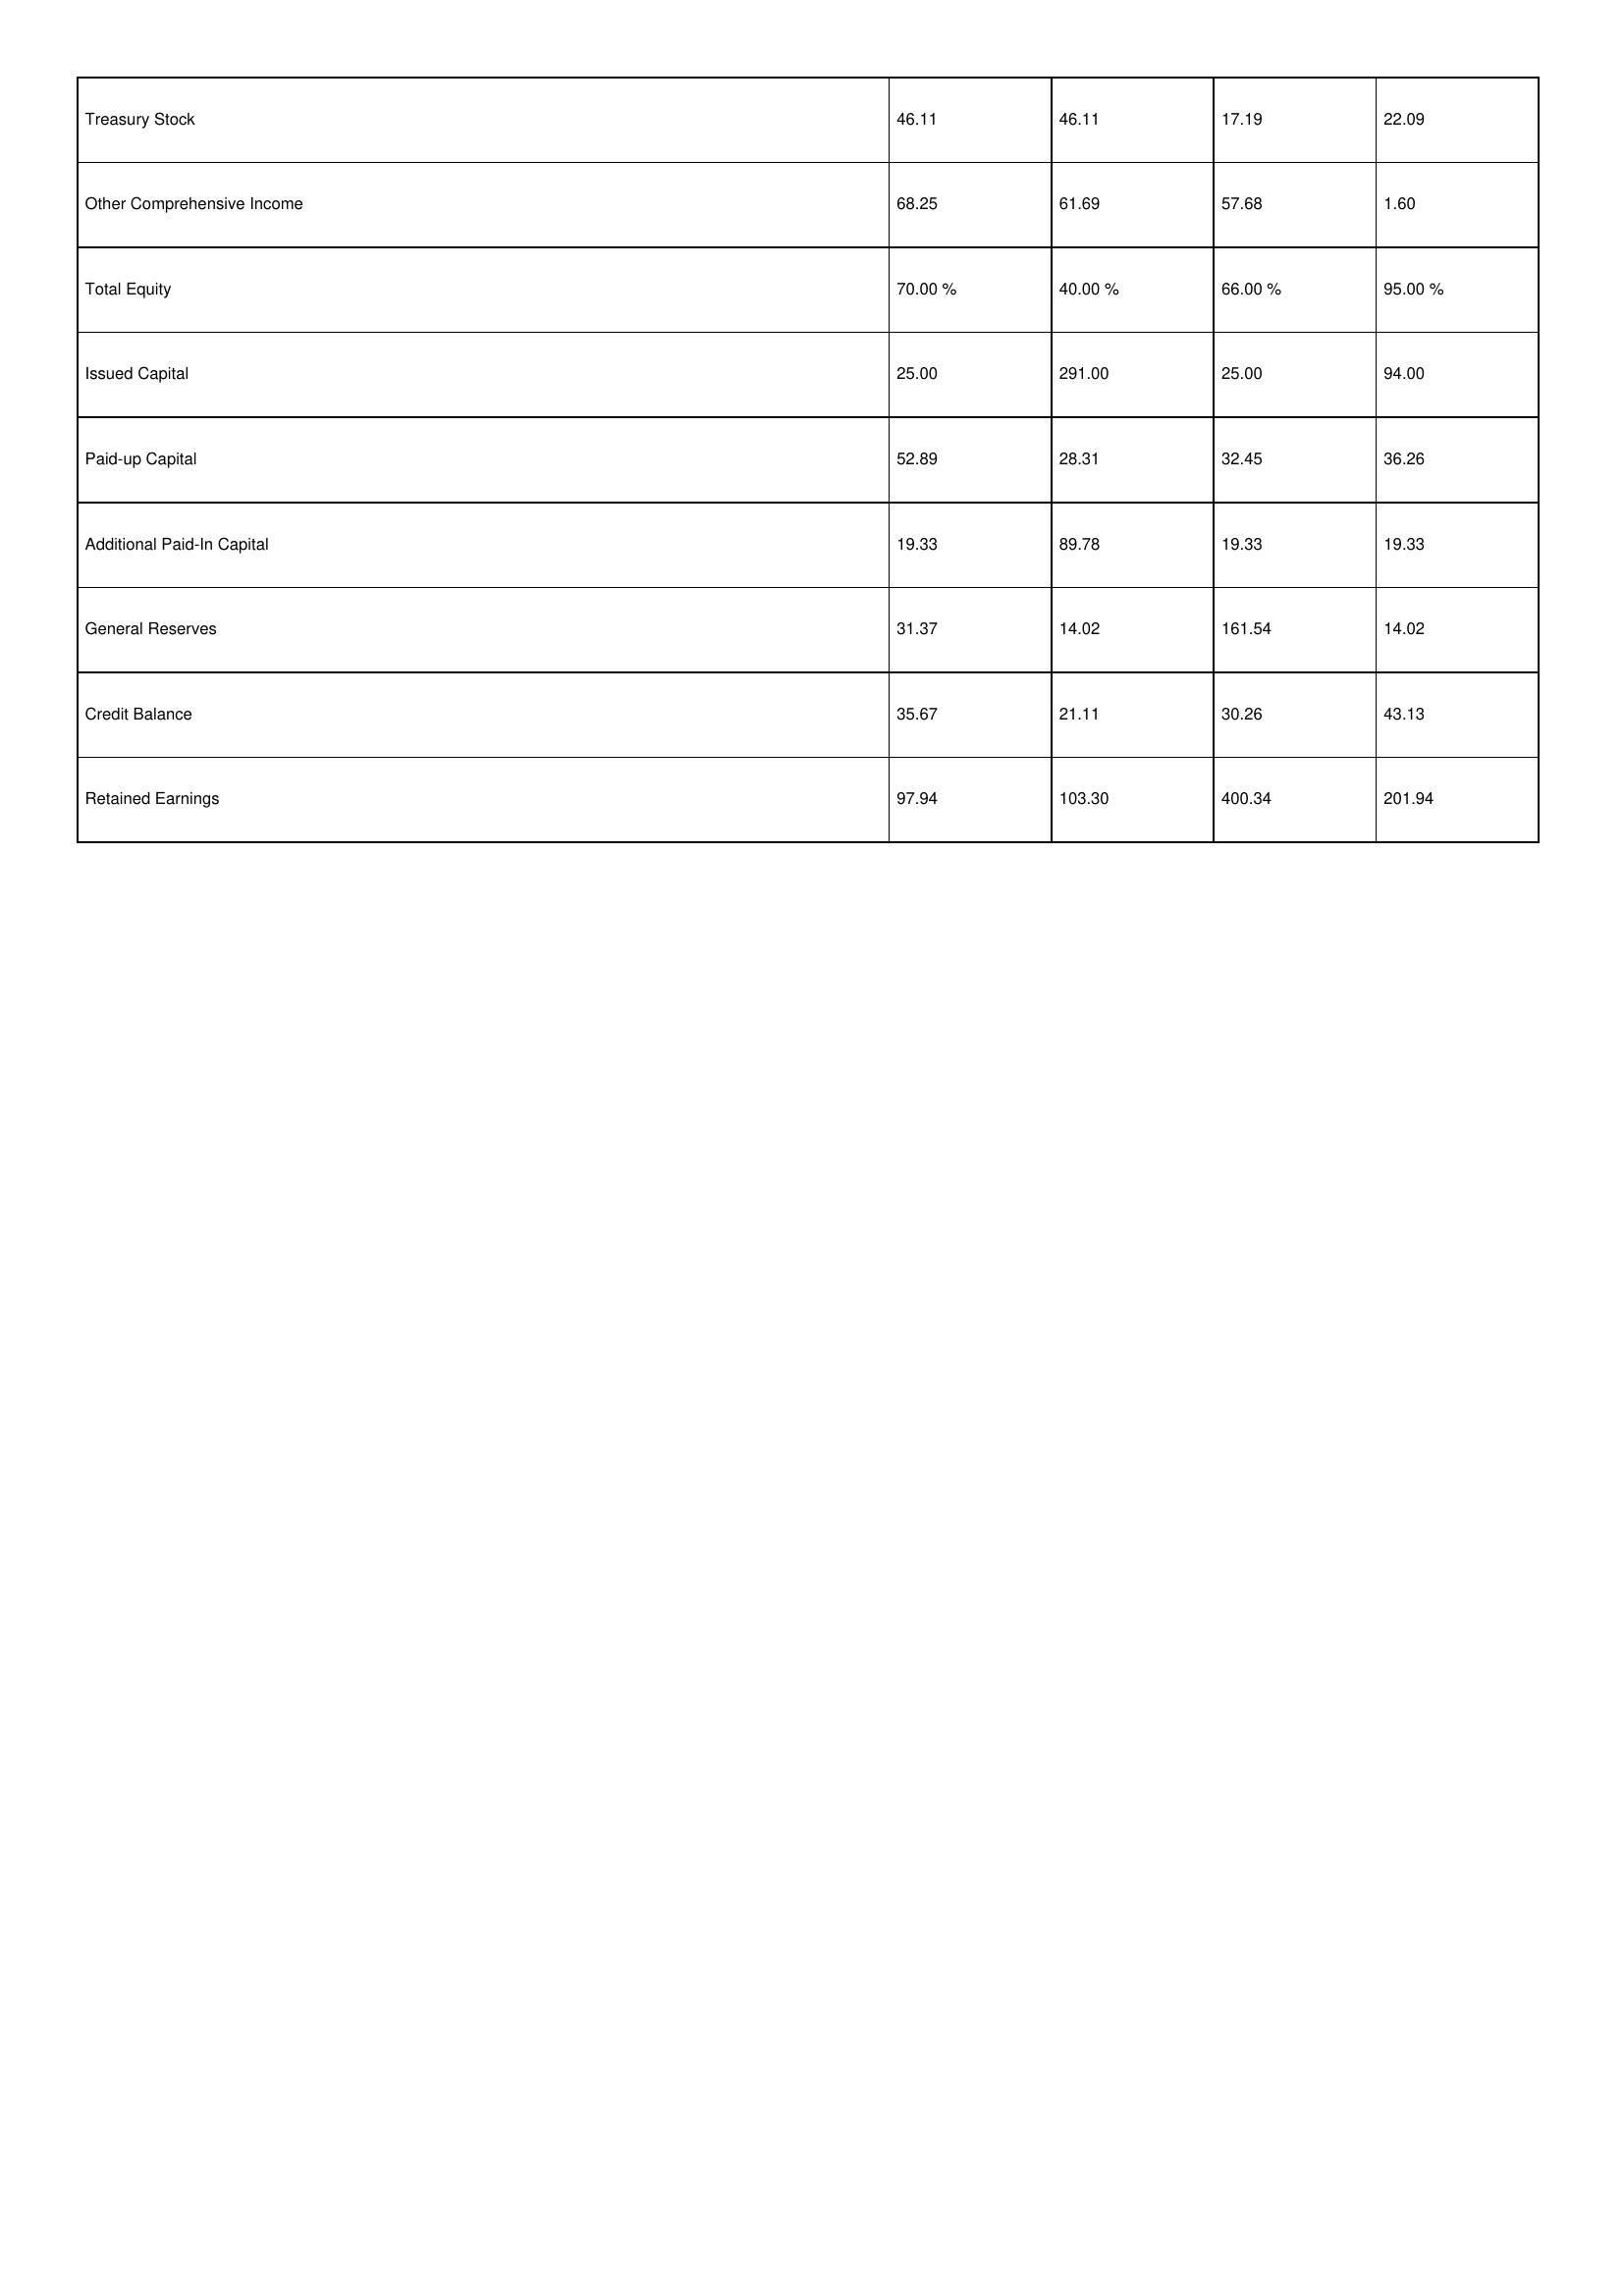
gt_parse: 2016: Treasury Stock: 46.11
Other Comprehensive Income: 68.25
Total Equity: 70.00 %
Issued Capital: 25.00
Paid-up Capital: 52.89
Additional Paid-In Capital: 19.33
General Reserves: 31.37
Credit Balance: 35.67
Retained Earnings: 97.94
2015: Treasury Stock: 46.11
Other Comprehensive Income: 61.69
Total Equity: 40.00 %
Issued Capital: 291.00
Paid-up Capital: 28.31
Additional Paid-In Capital: 89.78
General Reserves: 14.02
Credit Balance: 21.11
Retained Earnings: 103.30
2014: Treasury Stock: 17.19
Other Comprehensive Income: 57.68
Total Equity: 66.00 %
Issued Capital: 25.00
Paid-up Capital: 32.45
Additional Paid-In Capital: 19.33
General Reserves: 161.54
Credit Balance: 30.26
Retained Earnings: 400.34
2013: Treasury Stock: 22.09
Other Comprehensive Income: 1.60
Total Equity: 95.00 %
Issued Capital: 94.00
Paid-up Capital: 36.26
Additional Paid-In Capital: 19.33
General Reserves: 14.02
Credit Balance: 43.13
Retained Earnings: 201.94